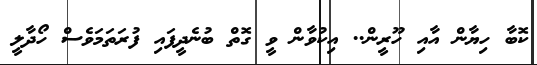
ކޮބާ ހިޔާން އާއި ހޫރީން.. އިކުވާން ވީ ގޮތް ބުނެދީފައި ފުރަތަމަވެސް ހޯދާލީ